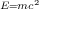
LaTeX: \scriptstyle { E = m c ^ { 2 } }